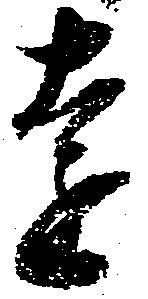
遠